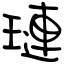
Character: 璉